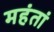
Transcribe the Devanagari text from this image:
महंतां